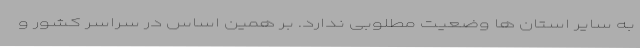
به سایر استان ها وضعیت مطلوبی ندارد. بر همین اساس در سراسر کشور و